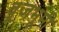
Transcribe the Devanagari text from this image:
व्रजभूमी